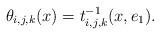
LaTeX: \begin{align*} \theta_{i,j,k}(x) = t_{i,j,k}^{-1}(x, e_1). \end{align*}